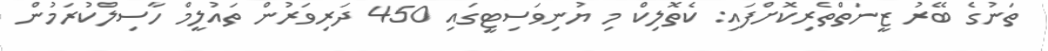
ތަނުގެ ބޭރު ޒީނަތްތެރިކޮށްފައި: ކެތޮލިކް މި ޔުނިވަސިޓީގައި 450 ދަރިވަރުން ތައުލީމް ހާސިލްކުރަމުން